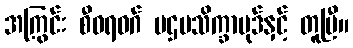
အကြွင်း စီဝရဝဂ် ပဌမသိက္ခာပုဒ်နှင့် တူပြီ။